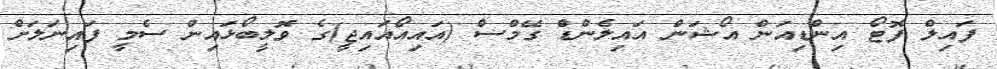
ފައިލް ފޮޓޯ އިންޑިއަން އޯޝަން އައިލެންޑް ގޭމްސް (އައިއޯއައިޖީ)ގެ ވޮލީބޯޅައިން ސެމީ ފައިނަލަށް